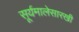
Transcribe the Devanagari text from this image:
सूर्यमालेसारखी